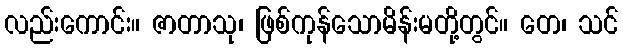
လည်းကောင်း။ ဇာတာသု၊ ဖြစ်ကုန်သောမိန်းမတို့တွင်။ တေ၊ သင်